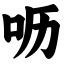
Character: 呖